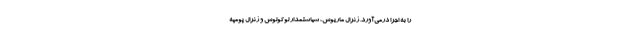
را به اجرا درمی‌آورد. ژنرال ماریوس، سیاستمدار لوکولوس و ژنرال پومپه